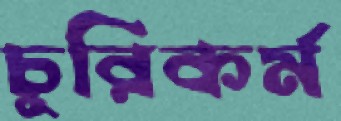
চুরিকর্ম